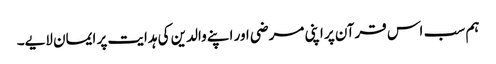
ہم سب ‌ اس قرآن پر اپنی مرضی اور اپنے والدین کی ہدایت پر ایمان لایے۔